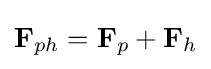
\mathbf {F} _{ph}=\mathbf {F} _{p}+\mathbf {F} _{h}